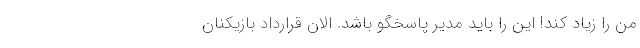
من را زیاد کند! این را باید مدیر پاسخگو باشد. الان قرارداد بازیکنان